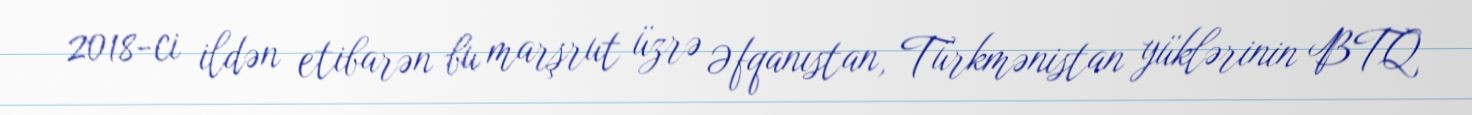
2018-ci ildən etibarən bu marşrut üzrə Əfqanıstan, Türkmənistan yüklərinin BTQ